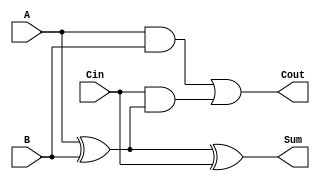
module manchester_carry_chain_adder(input wire A, input wire B, input wire Cin, output reg Sum, output reg Cout);

    reg P, G;
    wire C;

    assign C = Cin;
    
    assign P = A ^ B;
    assign G = A & B;

    always @(A, B, Cin)
    begin
        Sum = A ^ B ^ Cin;
        Cout = (A & B) | (Cin & (A ^ B));
    end

endmodule